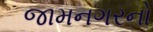
જામનગરનો